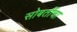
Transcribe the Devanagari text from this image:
सोबतींचा